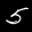
Label: 5